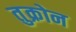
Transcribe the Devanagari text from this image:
तुक्रोन